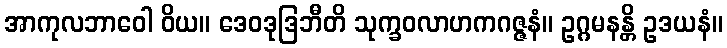
အာကုလဘာဝေါ ဝိယ။ ဒေဝဒုဒြဘီတိ သုက္ခဝလာဟကဂဇ္ဇနံ။ ဥဂ္ဂမနန္တိ ဥဒယနံ။